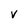
Character: v